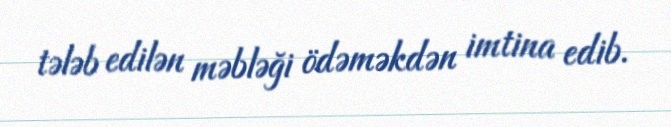
tələb edilən məbləği ödəməkdən imtina edib.